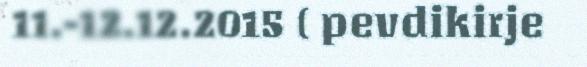
11.-12.12.2015 ( pevdikirje